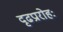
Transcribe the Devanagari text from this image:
दृढप्रारोहः